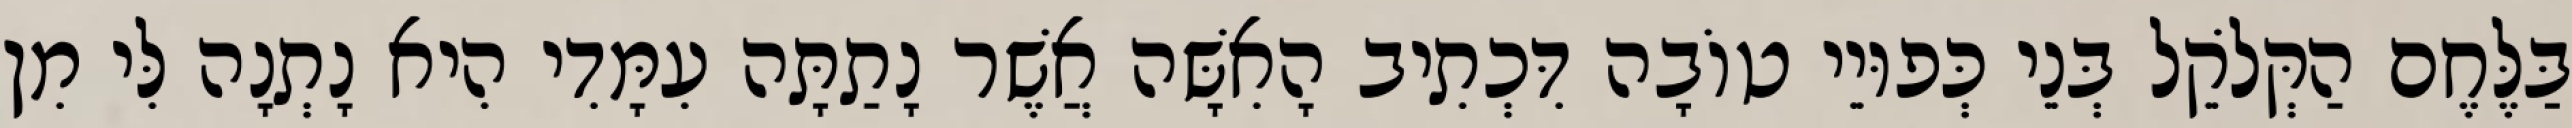
בַּלֶּחֶם הַקְּלֹקֵל בְּנֵי כְּפוּיֵי טוֹבָה דִּכְתִיב הָאִשָּׁה אֲשֶׁר נָתַתָּה עִמָּדִי הִיא נָתְנָה לִּי מִן